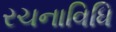
રચનાવિધિ